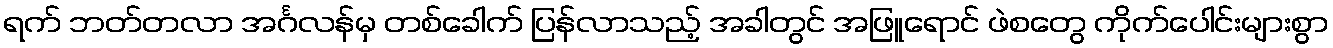
ရက် ဘတ်တလာ အင်္ဂလန်မှ တစ်ခေါက် ပြန်လာသည့် အခါတွင် အဖြူရောင် ဖဲစတွေ ကိုက်ပေါင်းများစွာ